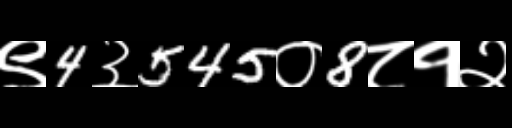
Text: ९4३545०8८१२